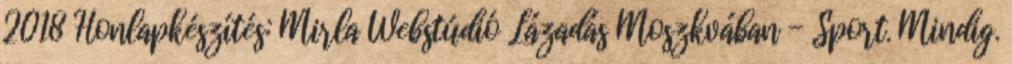
2018 Honlapkészítés: Mirla Webstúdió Lázadás Moszkvában - Sport. Mindig.